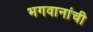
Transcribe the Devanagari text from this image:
भगवानांची